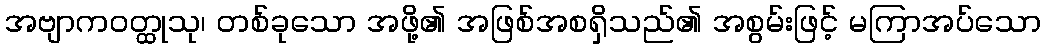
အဗျာကဝတ္ထုသု၊ တစ်ခုသော အဖို့၏ အဖြစ်အစရှိသည်၏ အစွမ်းဖြင့် မကြာအပ်သော